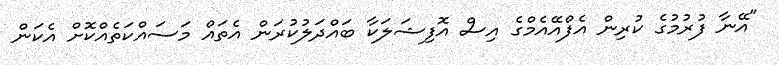
"އޭނާ ފުރުމުގެ ކުރިން އެފްއޭއެމްގެ އިސް އޮފިޝަލަކާ ބައްދަލުކުރަން އެތައް މަސައްކަތެއްކޮށް އެކަން